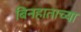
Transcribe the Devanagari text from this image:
बिनहाताच्या